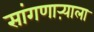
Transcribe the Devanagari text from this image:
सांगणाऱ्याला